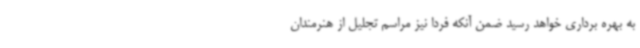
به بهره برداری خواهد رسید ضمن آنکه فردا نیز مراسم تجلیل از هنرمندان